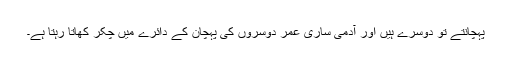
پہچانتے تو دوسرے ہیں اور آدمی ساری عمر دوسروں کی پہچان کے دائرے میں چکر کھاتا رہتا ہے۔